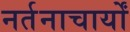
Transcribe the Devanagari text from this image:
नर्तनाचार्यों